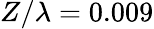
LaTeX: Z/\lambda=0.009